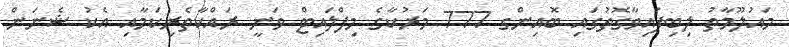
މައުލޫމާތު ލިބިފައިވާގޮތުގައި ބޮއިންގ 777 މަރުކާގެ މިފްލައިޓް ވަނީ ރައްކާތެރިކަމާއި އެކު ޝެނަން